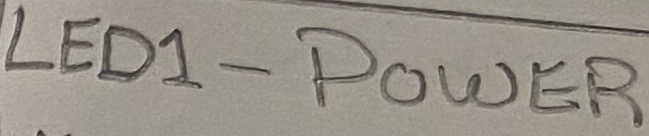
Text: LED1 - POWER